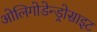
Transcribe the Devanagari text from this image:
ओलिगोडेन्ड्रोसाइट